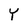
Character: Y